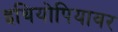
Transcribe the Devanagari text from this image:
इथियोपियावर